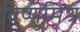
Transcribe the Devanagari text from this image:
विष्णुमिश्र